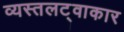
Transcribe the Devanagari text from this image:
व्यस्तलट्वाकार